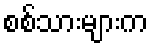
စစ်သားများက